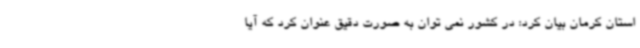
استان کرمان بیان کرد: در کشور نمی توان به صورت دقیق عنوان کرد که آیا